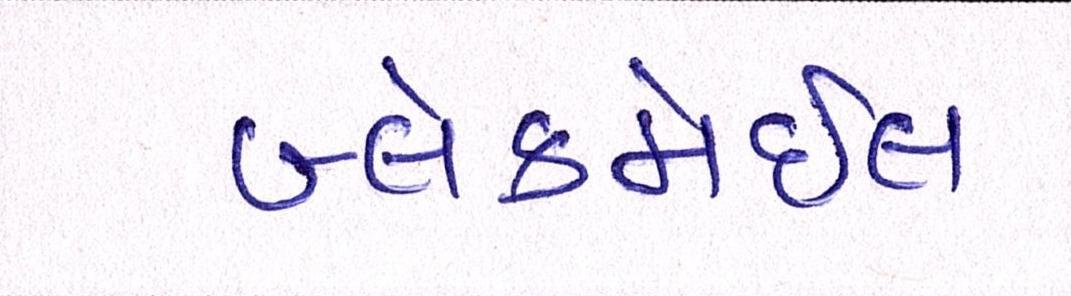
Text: બ્લેકમેઈલ